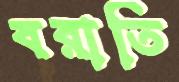
বরাতি